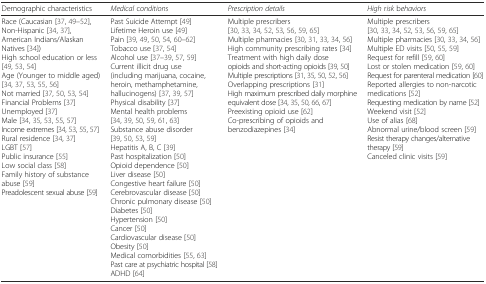
<table><thead><tr><td><b>Demographic characteristics</b></td><td><b><i>Medical</i> c<i>onditions</i></b></td><td><b><i>Prescription details</i></b></td><td><b><i>High</i> r<i>isk</i> b<i>ehaviors</i></b></td></tr></thead><tbody><tr><td>Race (Caucasian [37, 49–52], Non-Hispanic [34, 37], American Indians/Alaskan Natives [34])High school education or less [49, 53, 54]Age (Younger to middle aged) [34, 37, 53, 55, 56]Not married [37, 50, 53, 54]Financial Problems [37]Unemployed [37]Male [34, 35, 53, 55, 57]Income extremes [34, 53, 55, 57]Rural residence [34, 37]LGBT [57]Public insurance [55]Low social class [58]Family history of substance abuse [59]Preadolescent sexual abuse [59]</td><td>Past Suicide Attempt [49]Lifetime Heroin use [49]Pain [39, 49, 50, 54, 60–62]Tobacco use [37, 54]Alcohol use [37–39, 57, 59]Current illicit drug use (including marijuana, cocaine, heroin, methamphetamine, hallucinogens) [37, 39, 57]Physical disability [37]Mental health problems [34, 39, 50, 59, 61, 63]Substance abuse disorder [39, 50, 53, 59]Hepatitis A, B, C [39]Past hospitalization [50]Opioid dependence [50]Liver disease [50]Congestive heart failure [50]Cerebrovascular disease [50]Chronic pulmonary disease [50]Diabetes [50]Hypertension [50]Cancer [50]Cardiovascular disease [50]Obesity [50]Medical comorbidities [55, 63]Past care at psychiatric hospital [58]ADHD [64]</td><td>Multiple prescribers [30, 33, 34, 52, 53, 56, 59, 65]Multiple pharmacies [30, 31, 33, 34, 56]High community prescribing rates [34]Treatment with high daily dose opioids and short-acting opioids [39, 50]Multiple prescriptions [31, 35, 50, 52, 56]Overlapping prescriptions [31]High maximum prescribed daily morphine equivalent dose [34, 35, 50, 66, 67]Preexisting opioid use [62]Co-prescribing of opioids and benzodiazepines [34]</td><td>Multiple prescribers [30, 33, 34, 52, 53, 56, 59, 65]Multiple pharmacies [30, 33, 34, 56]Multiple ED visits [50, 55, 59]Request for refill [59, 60]Lost or stolen medication [59, 60]Request for parenteral medication [60]Reported allergies to non-narcotic medications [52]Requesting medication by name [52]Weekend visit [52]Use of alias [68]Abnormal urine/blood screen [59]Resist therapy changes/alternative therapy [59]Canceled clinic visits [59]</td></tr></tbody></table>